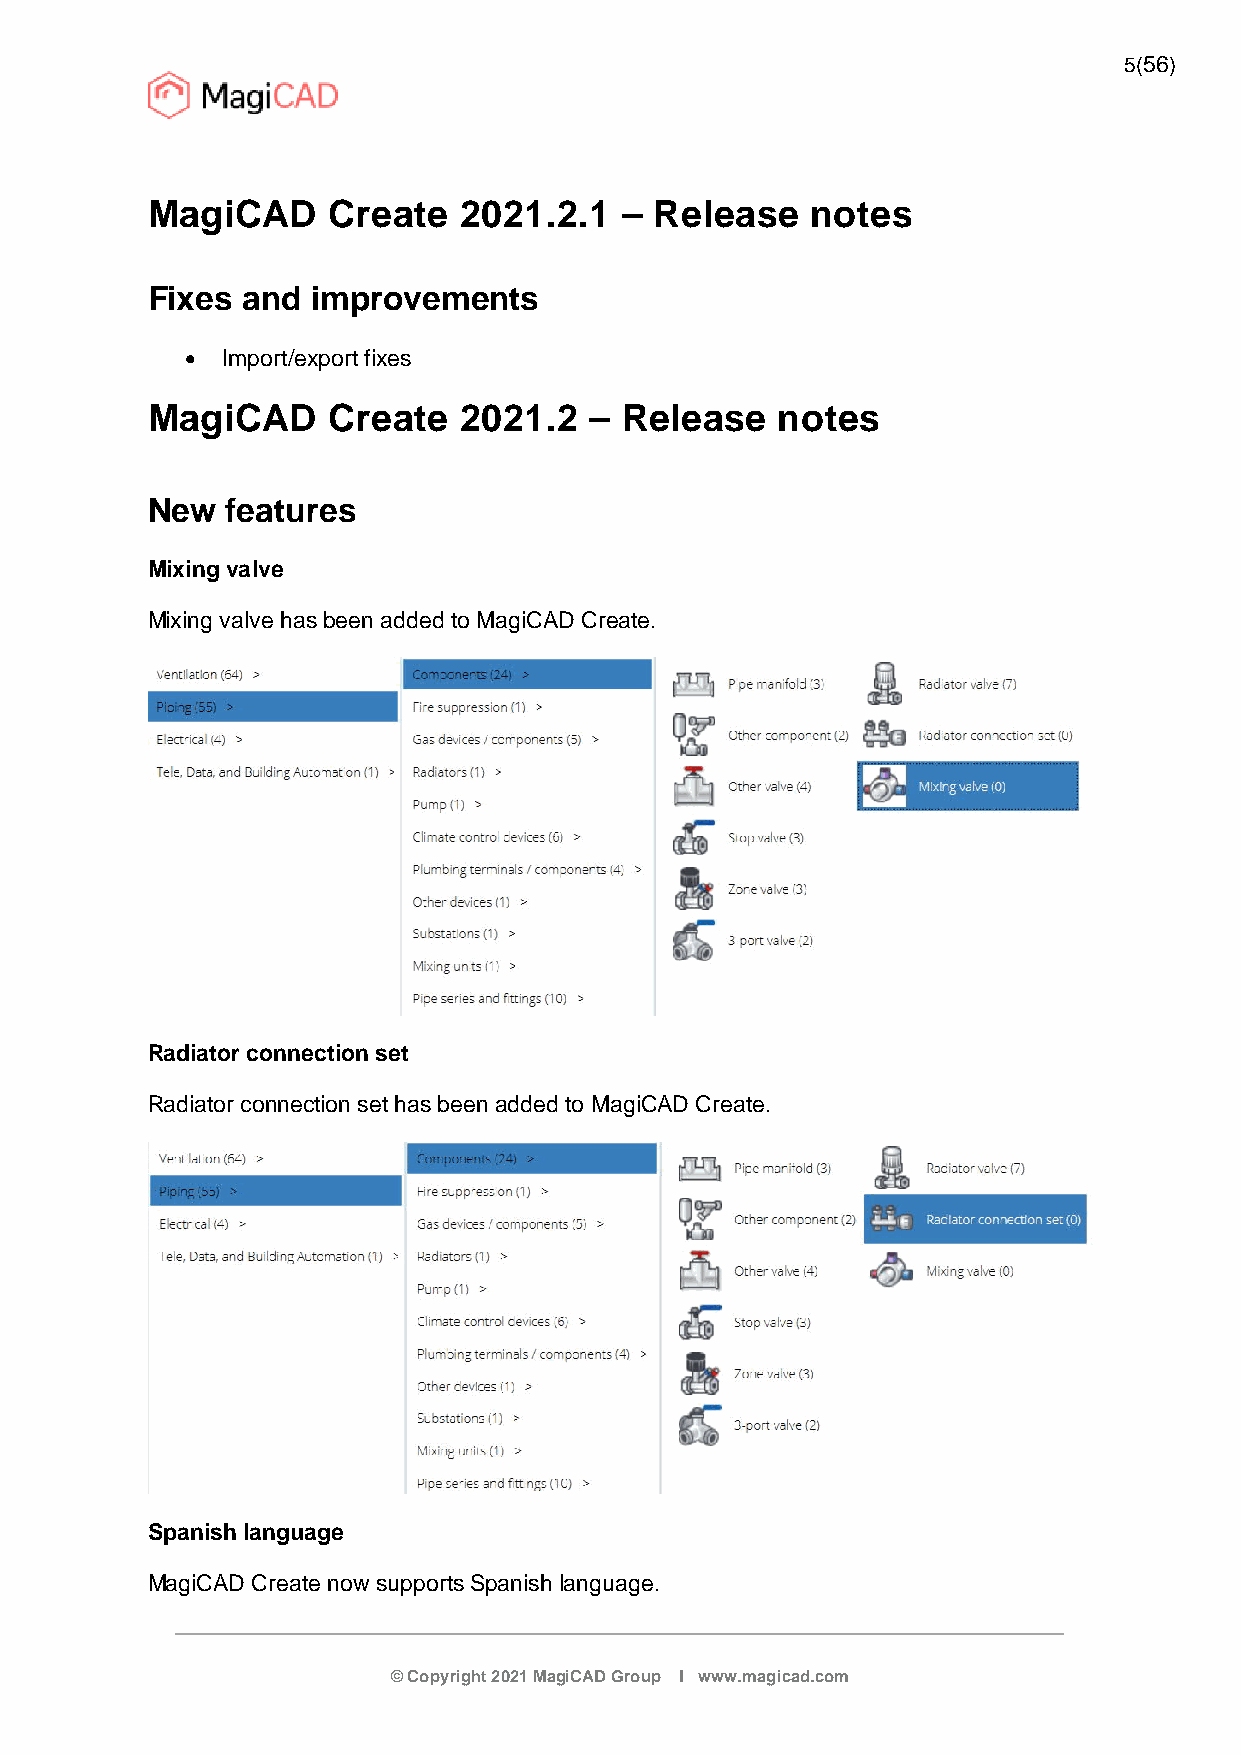
5(56)
 MagiCAD     Create  2021.2.1   – Release    notes
 Fixes and  improvements
   Import/export fixes
 MagiCAD     Create  2021.2   – Release   notes
 New  features
 Mixing valve
 Mixing valve has been added to MagiCAD Create.
 Radiator connection set
 Radiator connection set has been added to MagiCAD Create.
 Spanish language
 MagiCAD Create now supports Spanish language.
 © Copyright 2021 MagiCAD Group I www.magicad.com